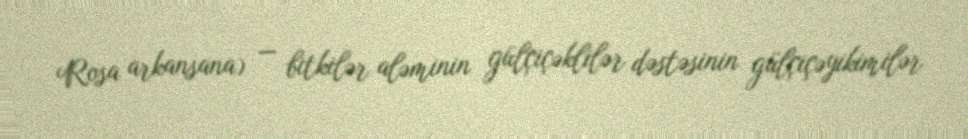
Rosa arkansana) — bitkilər aləminin gülçiçəklilər dəstəsinin gülçiçəyikimilər